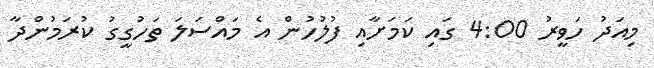
މިއަދު ހަވީރު 4:00 ގައި ކަމަށާއި ފުލުހުން އެ މައްސަލަ ތަހުގީގު ކުރަމުންދާ